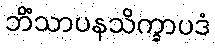
ဘိံသာပနသိက္ခာပဒံ